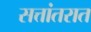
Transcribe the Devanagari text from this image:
सत्तांतरात